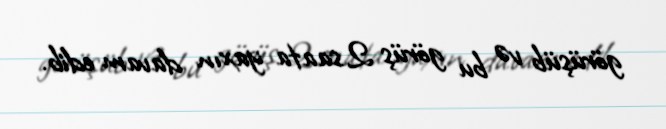
görüşüb və bu görüş 2 saata yaxın davam edib.